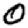
Digit: 0